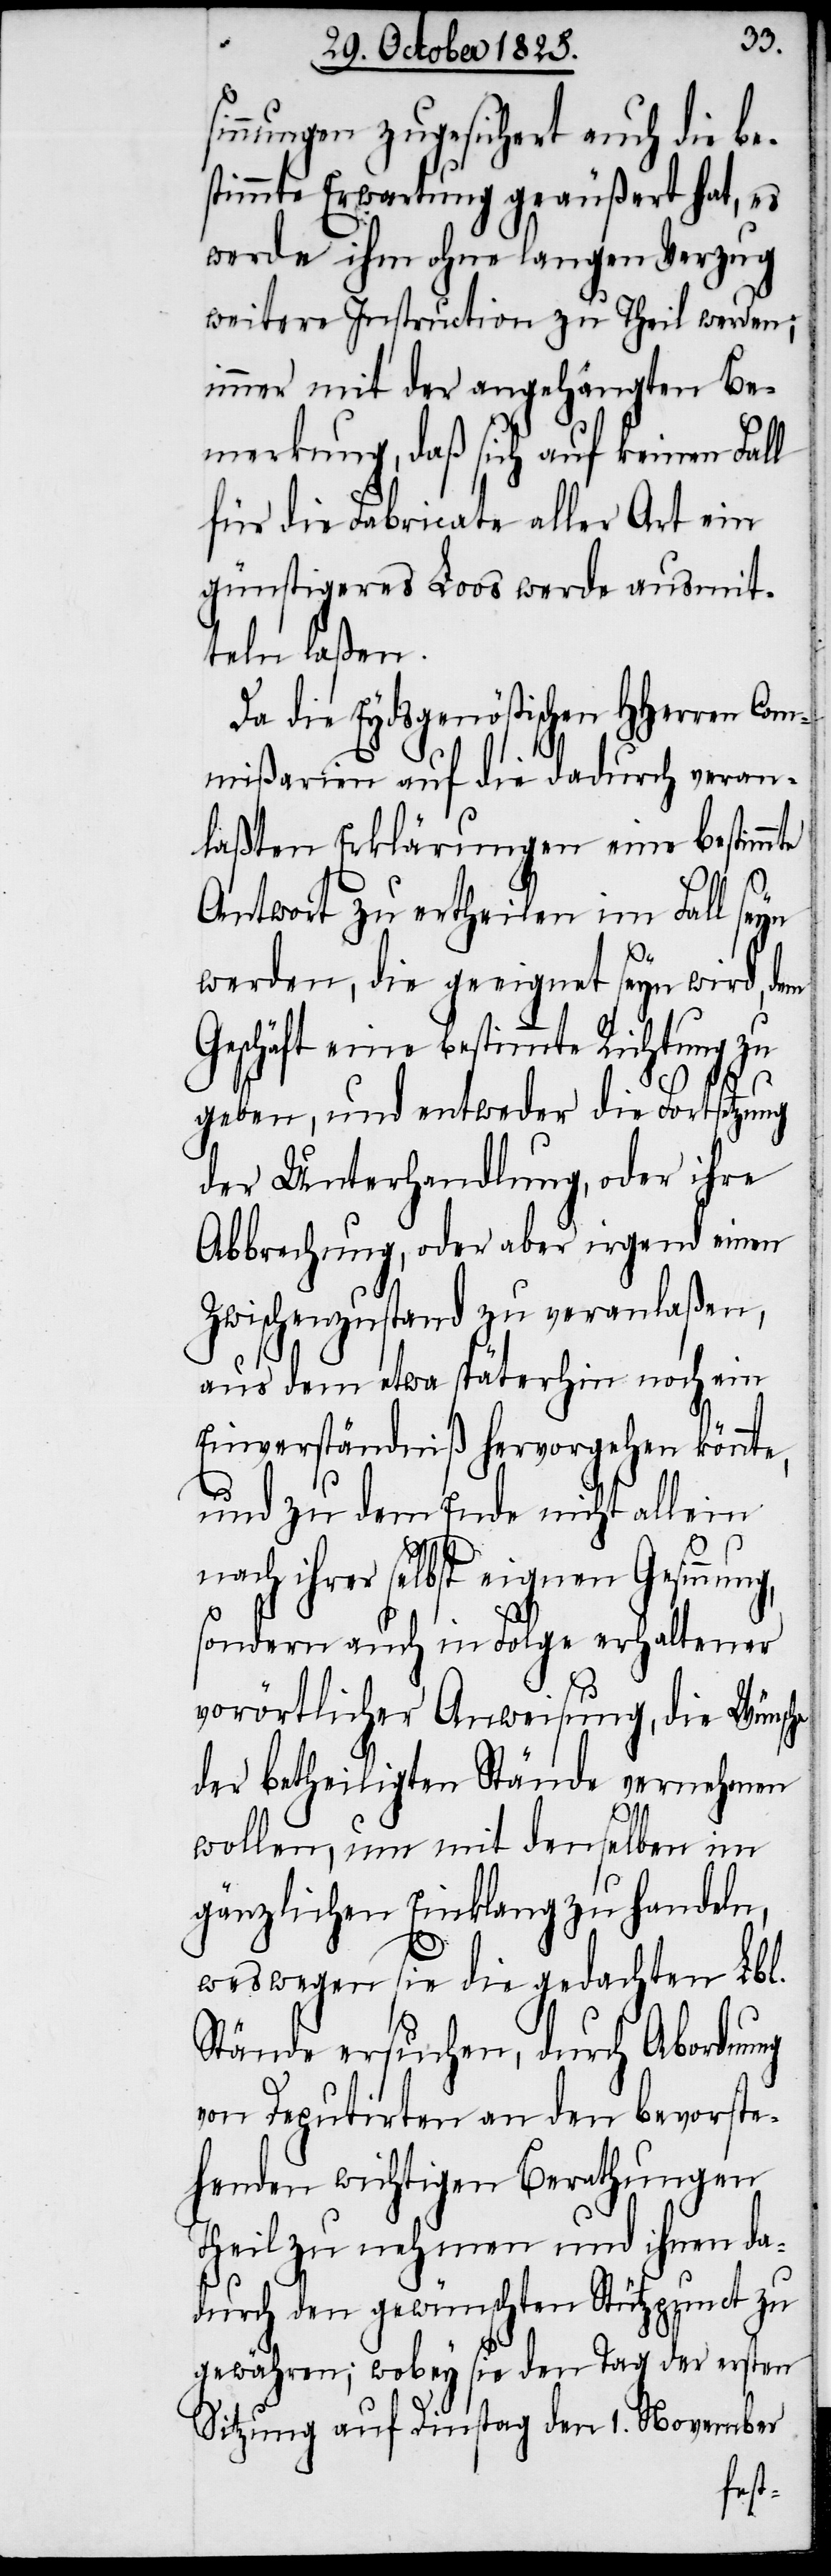
innungen zugesichert auch die be¬
stimmte Erwartung geäußert hat, es
werde ihm ohne langen Verzug
weitere Instruction zu Theil werden;
immer mit der angehängten Be¬
merkung, daß sich auf keinen Fal¬
für die Fabricate aller Art ein
günstigeres Loos werde ausmit¬
teln laßen.
Da die Eydsgenößischen HHerren Com¬
mißarien auf die dadurch veran¬
laßten Erklärungen eine bestimmte
Antwort zu ertheilen im Fall seyn
werden, die geeignet seyn wird, dem
Geschäft eine bestimmte Richtung zu
geben, und entweder die Fortsetzung
der Unterhandlung, oder ihre
Abrechnung, oder aber irgend einen
Zwischenzustand zu veranlaßen,
aus dem etwa späterhin noch ein
Einverständniß hervorgehen könnte,
und zu dem Ende nicht allein
nach ihrer selbst eignen Gesinnun¬
sondern auch in Folge erhaltener
vorörtlicher Anweisung, die Wünsche
der betheiligten Stände vernehmen
wollen, um mit denselben im
gänzlichen Einklag zu handeln,
g,
l
weswegen sie die gedachten Lbl.
Stände ersuchen, durch Abordnung
von Deputirten an den bevorste¬
henden wichtigen Berathungen
Theil zu nehmen und ihnen da¬
durch den gewünschten Stützpunct zu
gewähren; wobey sie den Tag der ersten
Sitzung auf Dinstag den 1. November